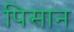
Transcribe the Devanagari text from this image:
पिसान